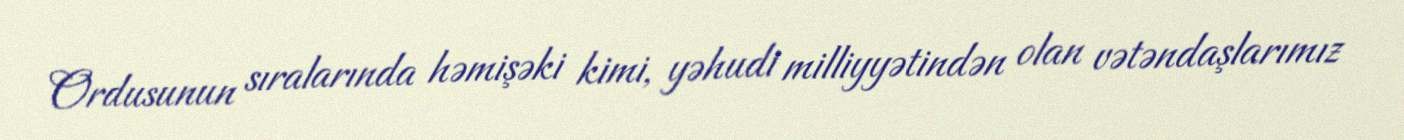
Ordusunun sıralarında həmişəki kimi, yəhudi milliyyətindən olan vətəndaşlarımız